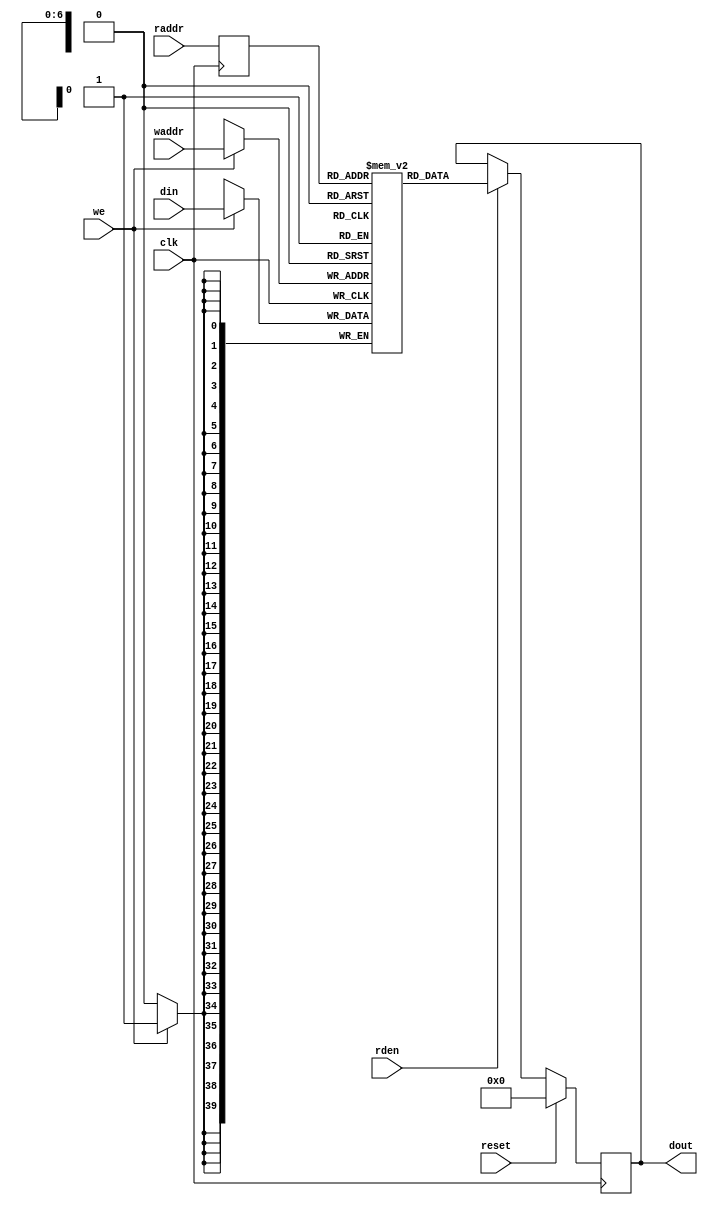
// ==============================================================
// Vitis HLS - High-Level Synthesis from C, C++ and OpenCL v2022.1 (64-bit)
// Tool Version Limit: 2022.04
// Copyright 1986-2022 Xilinx, Inc. All Rights Reserved.
// ==============================================================

`timescale 1ns/1ps

module userdma_fifo_w40_d128_A_ram
#(parameter
    MEM_STYLE   = "auto",
    DATA_WIDTH  = 40,
    ADDR_WIDTH  = 7,
    DEPTH       = 127
)
(
    input  wire                  clk,
    input  wire                  reset,
    input  wire                  we,
    input  wire [ADDR_WIDTH-1:0] waddr,
    input  wire [DATA_WIDTH-1:0] din,
    input  wire [ADDR_WIDTH-1:0] raddr,
    input  wire                  rden,
    output reg  [DATA_WIDTH-1:0] dout
);

(* ram_style = MEM_STYLE, rw_addr_collision = "yes" *)
reg  [DATA_WIDTH-1:0] mem[0:DEPTH-1];
reg  [ADDR_WIDTH-1:0] raddr_reg;

//write to ram
always @(posedge clk) begin
    if (we)
        mem[waddr] <= din;
end

//buffer the raddr
always @(posedge clk) begin
    raddr_reg <= raddr;
end

//read from ram
always @(posedge clk) begin
    if (reset)
        dout <= 0;
    else if (rden)
        dout <= mem[raddr_reg];
end

endmodule

module userdma_fifo_w40_d128_A
#(parameter
    MEM_STYLE   = "auto",
    DATA_WIDTH  = 40,
    ADDR_WIDTH  = 7,
    DEPTH       = 127
)
(
    // system signal
    input  wire                  clk,
    input  wire                  reset,

    // write
    output wire                  if_full_n,
    input  wire                  if_write_ce,
    input  wire                  if_write,
    input  wire [DATA_WIDTH-1:0] if_din,

    // read
    output reg  [ADDR_WIDTH:0]   if_num_data_valid,
    output wire [ADDR_WIDTH:0]   if_fifo_cap,
    output wire                  if_empty_n,
    input  wire                  if_read_ce,
    input  wire                  if_read,
    output wire [DATA_WIDTH-1:0] if_dout
);
//------------------------Parameter----------------------

//------------------------Local signal-------------------
reg  [ADDR_WIDTH-1:0] waddr = 1'b0;
reg  [ADDR_WIDTH-1:0] raddr = 1'b0;
wire [ADDR_WIDTH-1:0] wnext;
wire [ADDR_WIDTH-1:0] rnext;
wire                  push;
wire                  pop;
reg  [ADDR_WIDTH:0]   mOutPtr = 1'b0;
reg                   full_n = 1'b1;
reg                   empty_n = 1'b0;
reg                   dout_vld = 1'b0;


//------------------------Instantiation------------------
userdma_fifo_w40_d128_A_ram
#(
 .MEM_STYLE(MEM_STYLE),
 .DATA_WIDTH(DATA_WIDTH),
 .ADDR_WIDTH(ADDR_WIDTH),
 .DEPTH(DEPTH))
U_userdma_fifo_w40_d128_A_ram(
 .clk(clk),
 .reset(reset),
 .we(push),
 .waddr(waddr),
 .din(if_din),
 .raddr(rnext),
 .rden(pop),
 .dout(if_dout)
);

//------------------------Task and function--------------

//------------------------Body---------------------------
assign if_full_n  = full_n;
assign if_empty_n = dout_vld;
assign push       = full_n & if_write_ce & if_write;
assign pop        = empty_n & if_read_ce & (if_read | ~dout_vld);
assign wnext      = !push                ? waddr :
                    (waddr == DEPTH - 1) ? 1'b0  :
                    waddr + 1'b1;
assign rnext      = !pop                 ? raddr :
                    (raddr == DEPTH - 1) ? 1'b0  :
                    raddr + 1'b1;

// waddr
always @(posedge clk) begin
    if (reset == 1'b1)
        waddr <= 1'b0;
    else
        waddr <= wnext;
end

// raddr
always @(posedge clk) begin
    if (reset == 1'b1)
        raddr <= 1'b0;
    else
        raddr <= rnext;
end

// mOutPtr
always @(posedge clk) begin
    if (reset == 1'b1)
        mOutPtr <= 1'b0;
    else if (push & ~pop)
        mOutPtr <= mOutPtr + 1'b1;
    else if (~push & pop)
        mOutPtr <= mOutPtr - 1'b1;
end

// full_n
always @(posedge clk) begin
    if (reset == 1'b1)
        full_n <= 1'b1;
    else if (push & ~pop)
        full_n <= (mOutPtr != DEPTH - 1);
    else if (~push & pop)
        full_n <= 1'b1;
end

// empty_n
always @(posedge clk) begin
    if (reset == 1'b1)
        empty_n <= 1'b0;
    else if (push & ~pop)
        empty_n <= 1'b1;
    else if (~push & pop)
        empty_n <= (mOutPtr != 1'b1);
end

// if_num_data_valid
always @(posedge clk) begin
    if (reset == 1'b1)
        if_num_data_valid <= 'b0;
    else if (pop)
        if_num_data_valid <= mOutPtr + push;
    else if (~(if_read_ce & if_read) & dout_vld)
        if_num_data_valid <= mOutPtr + push + 1;
    else
        if_num_data_valid <= 'b0;
end
assign if_fifo_cap  = DEPTH;

// dout_vld
always @(posedge clk) begin
    if (reset == 1'b1)
        dout_vld <= 1'b0;
    else if (pop)
        dout_vld <= 1'b1;
    else if (if_read_ce & if_read)
        dout_vld <= 1'b0;
end

endmodule